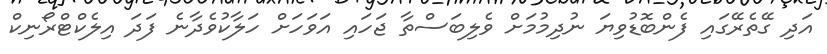
އަދި ގޭތެރޭގައި ފެންބޮޑުވިޔަ ނުދިމުމަށް ވެލިބަސްތާ ޖަހައި އަވަހަށް ހަލާކުވެދާނެ ފަދަ އިލެކްޓްރޯނިކް